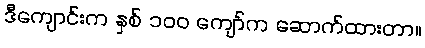
ဒီကျောင်းက နှစ် ၁၀၀ ကျော်က ဆောက်ထားတာ။